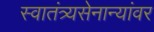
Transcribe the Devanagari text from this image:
स्वातंत्र्यसेनान्यांवर